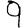
Digit: 9